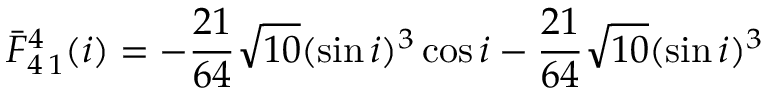
\bar { F } _ { 4 \, 1 } ^ { 4 } ( i ) = - \frac { 2 1 } { 6 4 } \sqrt { 1 0 } ( \sin i ) ^ { 3 } \cos i - \frac { 2 1 } { 6 4 } \sqrt { 1 0 } ( \sin i ) ^ { 3 }